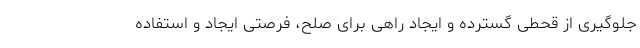
جلوگیری از قحطی گسترده و ایجاد راهی برای صلح، فرصتی ایجاد و استفاده